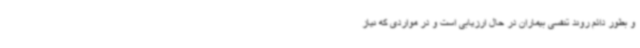
و بطور دائم روند تنفسی بیماران در حال ارزیابی است و در مواردی که نیاز